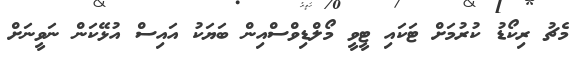
މެޗު ރިކޯޑު ކުރުމަށް ޓަކައި ޓީވީ މޯލްޑިވްސްއިން ބަޔަކު އައިސް އުޅޭކަން ނަވީނަށް